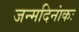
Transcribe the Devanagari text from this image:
जन्मदिनांकः